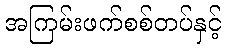
အကြမ်းဖက်စစ်တပ်နှင့်